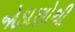
જોડાણોથી